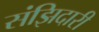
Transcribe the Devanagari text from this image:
संझिदारी